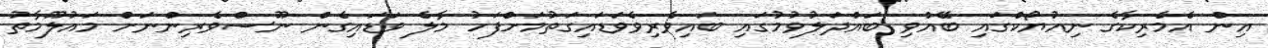
އިން އެމެރިކާގެ ނިއުޔޯކްގައި ބޭއްވި ބައްދަލުވުމުގައި ބައިވެރިވެވަޑައިގަތުމަށްފަހު މާލެ ވަޑައިގެން ނޫސްވެރިންނަށް މައުލޫމާތު